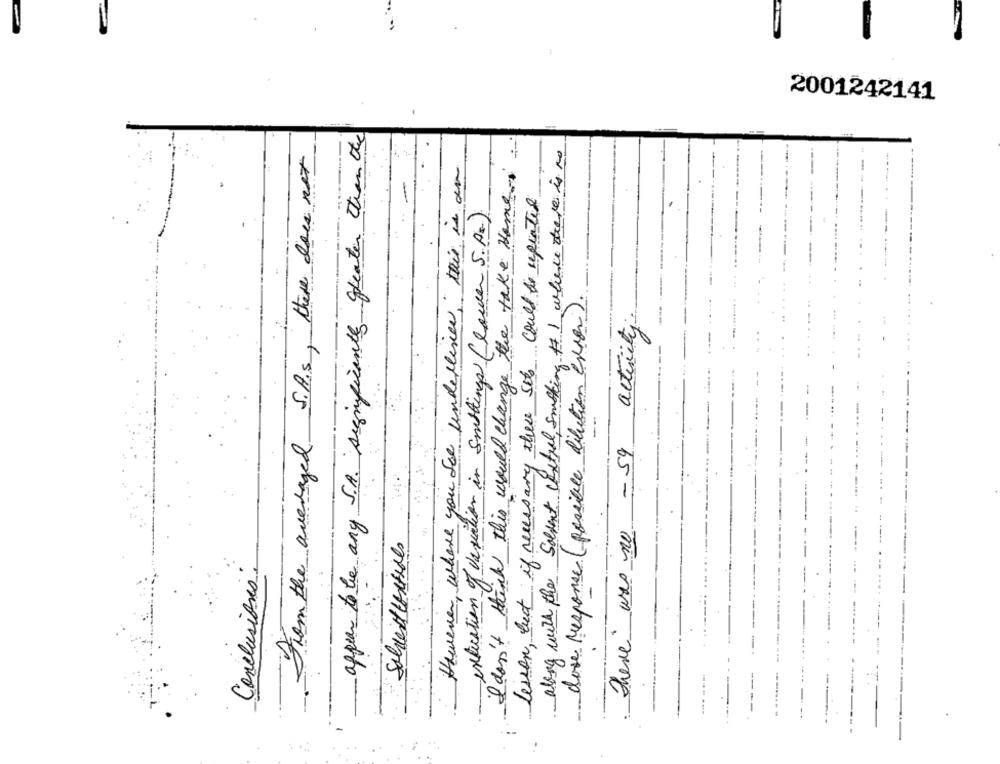
2001242141
appear to be any S.A. significantly greater than the
From the averaged S.A.S , there does not
along with the Solient central Smoking $1 where there is no
However, where you for underline, this is an
I don't think this would change the take Home
lesson, but if necessary there sits could be repeated
indication of variation in Smthings (lower S.A.)
dose response (posible dilution excer).
There was no - 59 activity
Solvent tostides
Conclusions: